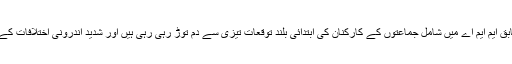
تازہ ترین صورتحال کے مطابق ایم ایم اے میں شامل جماعتوں کے کارکنان کی ابتدائی بلند توقعات تیزی سے دم توڑ رہی رہی ہیں اور شدید اندرونی اختلافات کے باعث مایوسی بڑھ رہی ہے۔